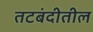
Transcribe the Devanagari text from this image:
तटबंदीतील